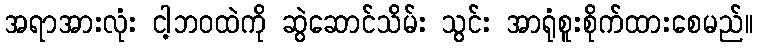
အရာအားလုံး ငါ့ဘဝထဲကို ဆွဲဆောင်သိမ်း သွင်း အာရုံစူးစိုက်ထားစေမည်။